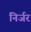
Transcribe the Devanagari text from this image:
निर्जर